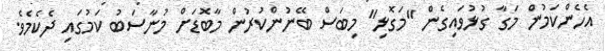
އެހެންކަމުން މަގާ ގުޅުވައިގެން "މަގޮޅި" މިބަސް ބޭނުންކުރުން މާބޮޑަށް މުނާސަބު ކަމުގައި ދެކެމެވެ.